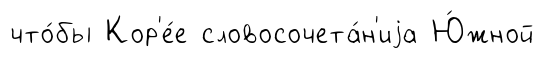
что́бы Кор'е́е словосочета́н'иjа Ю́жной